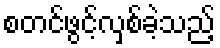
စတင်ဖွင့်လှစ်ခဲ့သည့်